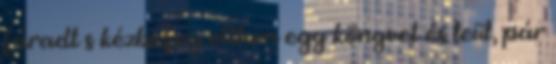
fáradt s kézbefog otthon egy könyvet és leül, pár